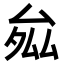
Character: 𭆝